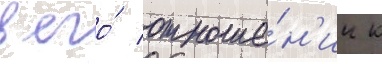
в его́ отноше́н'ии к